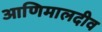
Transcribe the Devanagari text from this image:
आणिमालदीव